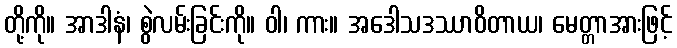
တို့ကို။ အာဒါနံ၊ စွဲလမ်းခြင်းကို။ ဝါ၊ ကား။ အဒေါသဒဿာဝိတာယ၊ မေတ္တာအားဖြင့်